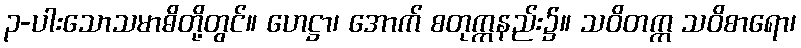
၃-ပါးသောသမာဓိတို့တွင်။ ဟေဋ္ဌာ၊ အောက် စတုက္ကနည်း၌။ သဝိတက္က သဝိစာရော၊